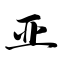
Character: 亚